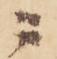
ニ